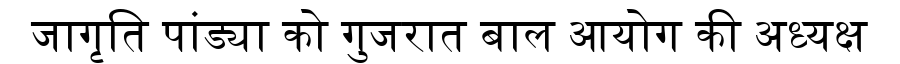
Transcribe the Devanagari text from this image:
जागृति पांड्या को गुजरात बाल आयोग की अध्यक्ष